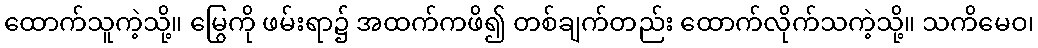
ထောက်သူကဲ့သို့။ မြွေကို ဖမ်းရာ၌ အထက်ကဖိ၍ တစ်ချက်တည်း ထောက်လိုက်သကဲ့သို့။ သကိမေဝ၊